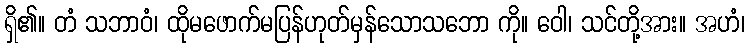
ရှိ၏။ တံ သဘာဝံ၊ ထိုမဖောက်မပြန်ဟုတ်မှန်သောသဘော ကို။ ဝေါ၊ သင်တို့အား။ အဟံ၊